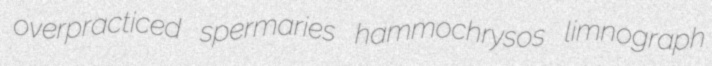
overpracticed spermaries hammochrysos limnograph